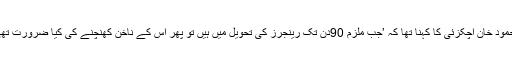
محمود خان اچکزئی کا کہنا تھا کہ ’جب ملزم 90دن تک رینجرز کی تحویل میں ہیں تو پھر اس کے ناخن کھنچنے کی کیا ضرورت تھی۔